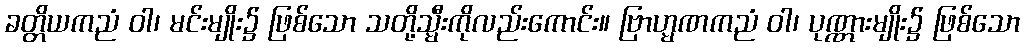
ခတ္တိယကညံ ဝါ၊ မင်းမျိုး၌ ဖြစ်သော သတို့သ္မီးကိုလည်းကောင်း။ ဗြာဟ္မဏကညံ ဝါ၊ ပုဏ္ဏားမျိုး၌ ဖြစ်သော